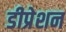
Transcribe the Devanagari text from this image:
डीप्रेशन